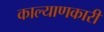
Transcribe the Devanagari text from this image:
काल्याणकारी